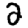
Digit: 2